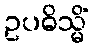
ဥပဓိသ္မိံ